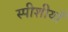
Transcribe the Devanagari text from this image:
स्पीशीयाँ